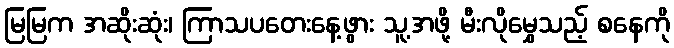
မြမြက အဆိုးဆုံး၊ ကြာသပတေးနေ့ဖွား သူ့အဖို့ မီးလိုမွှေသည့် စနေကို